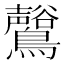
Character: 𪇟